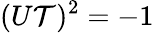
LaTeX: (U\mathcal{T})^{2}=-1